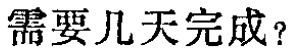
需要几天完成？